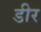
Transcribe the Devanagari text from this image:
डीर